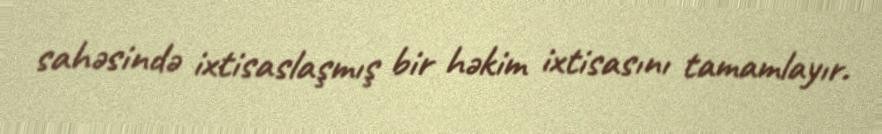
sahəsində ixtisaslaşmış bir həkim ixtisasını tamamlayır.